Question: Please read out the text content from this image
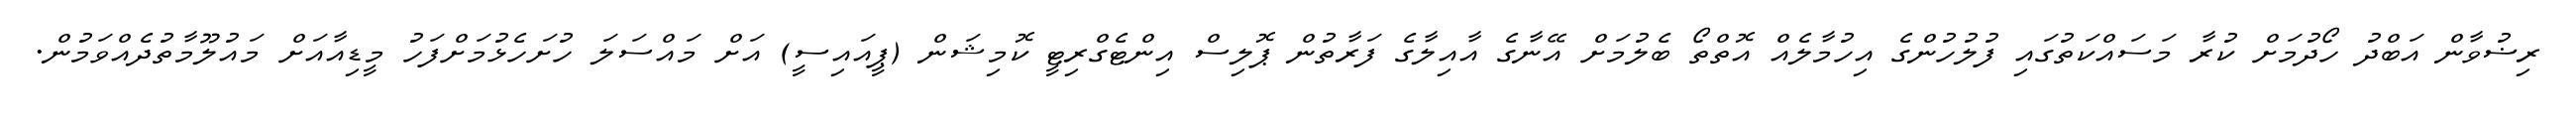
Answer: ރިޟުވާން އަބްދު ހޯދުމަށް ކުރާ މަސައްކަތުގައި ފުލުހުންގެ އިހުމާލެއް އޮތްތޯ ބެލުމަށް އޭނާގެ އާއިލާގެ ފަރާތުން ޕޮލިސް އިންޓެގްރިޓީ ކޮމިޝަން (ޕީއައިސީ) އަށް މައްސަލަ ހުށަހެޅުމަށްފަހު މީޑިއާއަށް މައުލޫމާތުދެއްވަމުން.